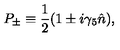
P _ { \pm } \equiv { \frac { 1 } { 2 } } ( 1 \pm i \gamma _ { 5 } \hat { n } ) ,